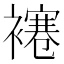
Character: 𧝱